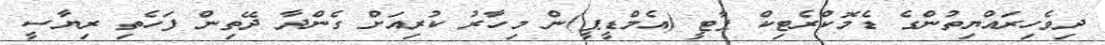
ދިވެހިރައްޔިތުންގެ ޑެމޮކްރެޓިކް ޕާޓީ (އެމްޑީޕީ)ން މިހާރު ކުރިއަށް ގެންދާ ދޭތިން ފަހެތި ރިޔާސީ